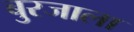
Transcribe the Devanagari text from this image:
बुरजाला